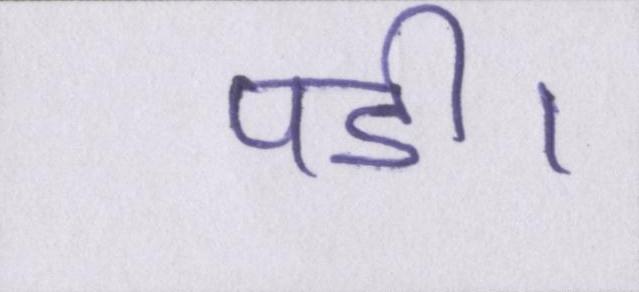
पडी।